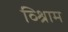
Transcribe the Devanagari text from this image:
व्श्रिाम